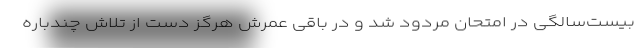
بیست‌سالگی در امتحان مردود شد و در باقیِ عمرش هرگز دست از تلاش چندباره